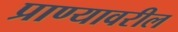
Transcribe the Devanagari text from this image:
प्राण्यावरील